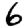
Digit: 6